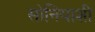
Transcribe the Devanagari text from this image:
सोनियाशी